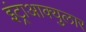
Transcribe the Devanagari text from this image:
इंट्राआक्युलार